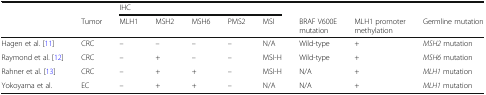
<table><thead><tr><td></td><td></td><td colspan="5"><b>IHC</b></td><td></td><td></td><td></td></tr><tr><td></td><td><b>Tumor</b></td><td><b>MLH1</b></td><td><b>MSH2</b></td><td><b>MSH6</b></td><td><b>PMS2</b></td><td><b>MSI</b></td><td><b>BRAF V600E mutation</b></td><td><b>MLH1 promoter methylation</b></td><td><b>Germline mutation</b></td></tr></thead><tbody><tr><td>Hagen et al. [11]</td><td>CRC</td><td>–</td><td>–</td><td>–</td><td>–</td><td>N/A</td><td>Wild-type</td><td>+</td><td><i>MSH2</i> mutation</td></tr><tr><td>Raymond et al. [12]</td><td>CRC</td><td>–</td><td>+</td><td>–</td><td>–</td><td>MSI-H</td><td>Wild-type</td><td>+</td><td><i>MSH6</i> mutation</td></tr><tr><td>Rahner et al. [13]</td><td>CRC</td><td>–</td><td>+</td><td>+</td><td>–</td><td>MSI-H</td><td>N/A</td><td>+</td><td><i>MLH1</i> mutation</td></tr><tr><td>Yokoyama et al.</td><td>EC</td><td>–</td><td>+</td><td>+</td><td>–</td><td>N/A</td><td>N/A</td><td>+</td><td><i>MLH1</i> mutation</td></tr></tbody></table>